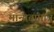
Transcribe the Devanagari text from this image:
मान्यतामात्र